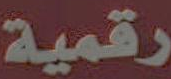
رقمية